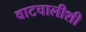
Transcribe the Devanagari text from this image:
वाटचालीशी